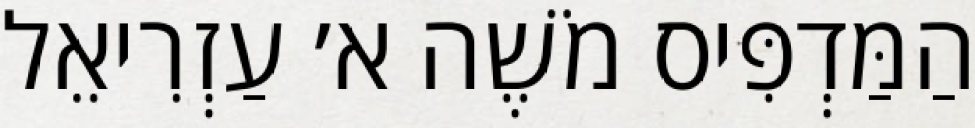
הַמַּדְפִּיס מֹשֶׁה א׳ עַזְרִיאֵל